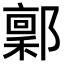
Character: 𬪙